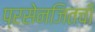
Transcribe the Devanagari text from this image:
प्रसेनजितची